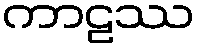
ကာဠဿ